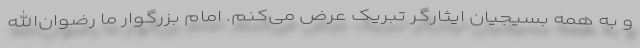
و به همه بسیجیان ایثارگر تبریک عرض می‌کنم. امام بزرگوار ما رضوان‌الله